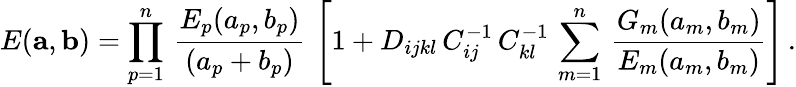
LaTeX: E({\mathbf a},{\mathbf b})=\prod_{p=1}^{n}\, {\frac{E_{p}(a_{p},b_{p})}{(a_{p}+b_{p})}}\, \left[1+D_{ijkl}\, C_{ij}^{-1}\, C_{kl}^{-1}\, \sum_{m=1}^{n}\, {\frac{G_{m}(a_{m},b_{m})}{E_{m}(a_{m},b_{m})}}\right]\, .